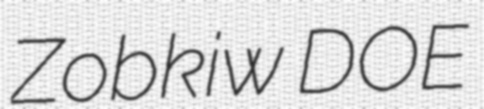
Zobkiw DOE